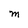
Character: M